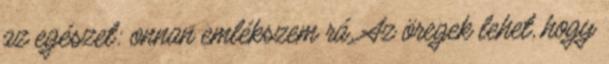
az egészet: onnan emlékszem rá. Az öregek lehet, hogy